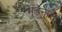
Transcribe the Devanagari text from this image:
मुंडनास